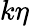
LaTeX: k\eta